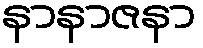
နာနာဇနာ